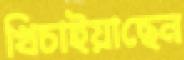
খিচাইয়াছেন